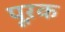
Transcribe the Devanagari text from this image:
पूऱक